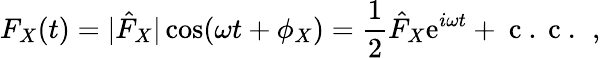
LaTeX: F_{X}(t)=|\hat{F}_{X}|\cos(\omega t+\phi_{X})=\frac{1}{2}\hat{F}_{X}\mathrm{e}^{i\omega t}+\mathrm{~c~.~c~.~}\, ,